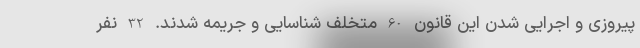
پیروزی و اجرایی شدن این قانون 60 متخلف شناسایی و جریمه شدند. 32 نفر